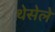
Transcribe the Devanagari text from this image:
थेसेले